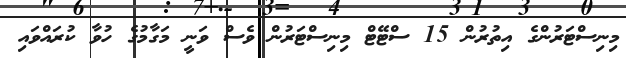
މިނިސްޓަރުންގެ އިތުރުން 15 ސްޓޭޓް މިނިސްޓަރުން ވެސް ވަނީ މަގާމުގެ ހުވާ ކުރައްވައި